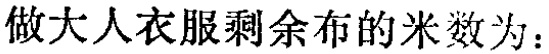
做大人衣服剩余布的米数为：